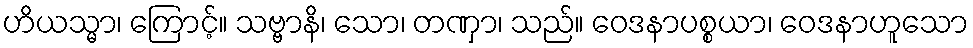
ဟိယသ္မာ၊ ကြောင့်။ သဗ္ဗာနိ၊ သော၊ တဏှာ၊ သည်။ ဝေဒနာပစ္စယာ၊ ဝေဒနာဟူသော